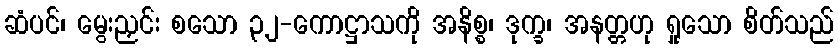
ဆံပင်၊ မွေးညှင်း စသော ၃၂-ကောဋ္ဌာသကို အနိစ္စ၊ ဒုက္ခ၊ အနတ္တဟု ရှုသော စိတ်သည်